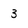
Character: 3